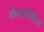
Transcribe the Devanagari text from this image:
गौशाळेतील